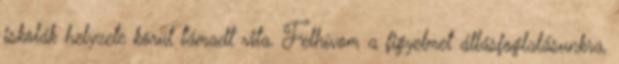
iskolák helyzete körül támadt vita. Felhívom a figyelmet állásfoglalásunkra,